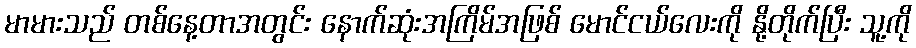
မာမားသည် တစ်နေ့တာအတွင်း နောက်ဆုံးအကြိမ်အဖြစ် မောင်ငယ်လေးကို နို့တိုက်ပြီး သူ့ကို